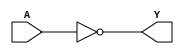
`timescale 1ns/10ps

module inv(A, Y);

	input A;
	output Y;

	assign Y = ~A;

endmodule

// -----testbench of inv -----
module inv_tb;
	
	reg aa;
	wire yy;

	inv inv(

		.A(aa), 
		.Y(yy)

		);

	initial begin
		
		aa<=0;
		#10 aa<=1;
		#10 aa<=0;
		#10 aa<=1;
		#10 $stop;


	end

endmodule